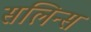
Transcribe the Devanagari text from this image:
सलिन्स